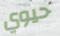
حيوي